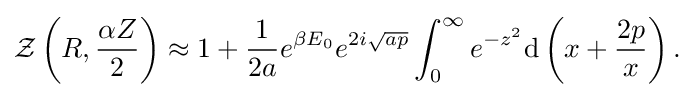
{\begin{aligned}{\mathcal {Z}}\left(R,{\frac {\alpha Z}{2}}\right)\approx 1+{\frac {1}{2a}}e^{\beta E_{0}}e^{2i{\sqrt {ap}}}\int _{0}^{\infty }e^{-z^{2}}{\mathrm {d} }\left(x+{\frac {2p}{x}}\right).\end{aligned}}